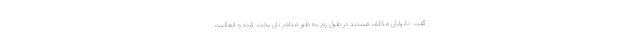
گفت: نانوایان مکلف هستند در طول روز به طور مداوم نان پخت کرده و فعالیت